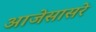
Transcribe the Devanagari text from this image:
आजेसासरे